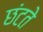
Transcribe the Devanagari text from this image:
छंटते